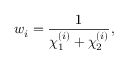
w _ { i } = \frac { 1 } { \chi _ { 1 } ^ { ( i ) } + \chi _ { 2 } ^ { ( i ) } } ,